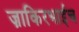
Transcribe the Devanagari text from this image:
ज़ाकिरभाईच